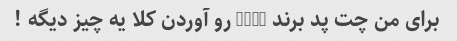
برای من چت پد برند Dobe رو آوردن کلا یه چیز دیگه !